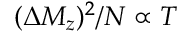
( \Delta M _ { z } ) ^ { 2 } / N \propto T